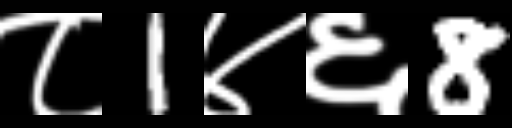
Text: ८1४६8